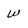
Character: W